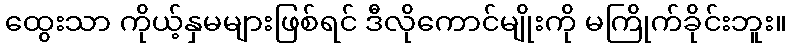
ထွေးသာ ကိုယ့်နှမများဖြစ်ရင် ဒီလိုကောင်မျိုးကို မကြိုက်ခိုင်းဘူး။